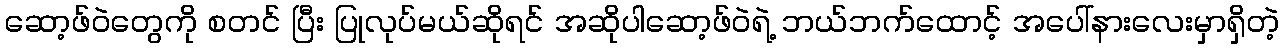
ဆော့ဖ်ဝဲတွေကို စတင် ပြီး ပြုလုပ်မယ်ဆိုရင် အဆိုပါဆော့ဖ်ဝဲရဲ့ ဘယ်ဘက်ထောင့် အပေါ်နားလေးမှာရှိတဲ့